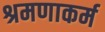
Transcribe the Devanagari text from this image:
श्रमणाकर्म